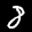
Label: 8